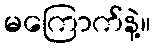
မကြောက်နဲ့။